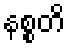
နစ္စတိ